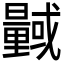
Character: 𭨎